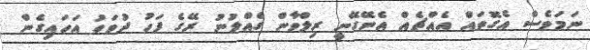
ނަމަވެސް އެގޮތައް އެއްޗެއް އެނޭގޭނީ ރިލްވާން ގެއްލުނު ރޭގެ ފަހު ދުވަހު އަހައިގެން